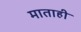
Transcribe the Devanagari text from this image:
माताही